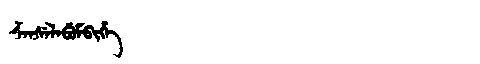
Manchu: ᡯᠠᠨᠰᡝᠯᠠᠪᡠᠮᠪᡳᡥᡝ
Romanization: DZANSELABUMBIHE